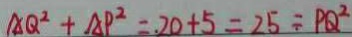
A Q ^ { 2 } + A P ^ { 2 } = . 2 0 + 5 = 2 5 \div P Q ^ { 2 }